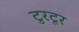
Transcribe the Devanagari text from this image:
टुरटूर